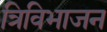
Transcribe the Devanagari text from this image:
त्रिविभाजन